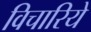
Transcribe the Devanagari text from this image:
विचारिये